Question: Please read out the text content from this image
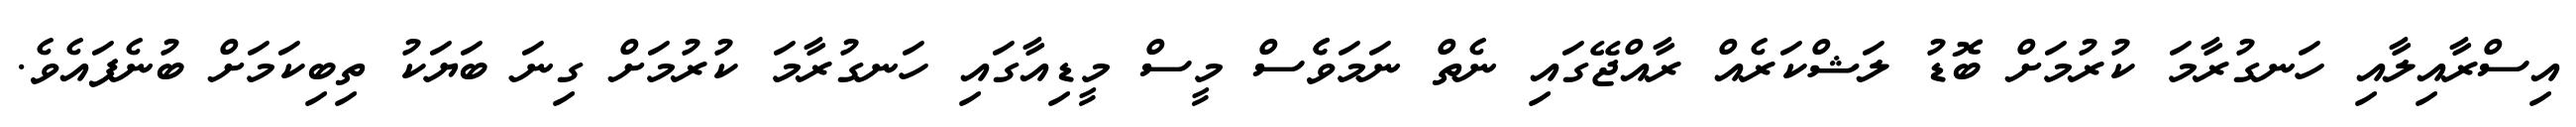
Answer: އިސްރާއިލާއި ހަނގުރާމަ ކުރުމަށް ބޮޑު ލަޝްކަރެއް ރާއްޖޭގައި ނެތް ނަމަވެެސް މީސް މީޑިއާގައި ހަނގުރާމަ ކުރުމަށް ގިނަ ބަޔަކު ތިބިކަމަށް ބުނެފައެވެ.